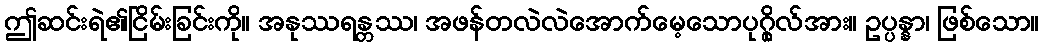
ဤဆင်းရဲ၏ငြိမ်းခြင်းကို။ အနုဿရန္တဿ၊ အဖန်တလဲလဲအောက်မေ့သောပုဂ္ဂိုလ်အား။ ဥပ္ပန္နာ၊ ဖြစ်သော။